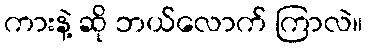
ကားနဲ့ ဆို ဘယ်လောက် ကြာလဲ။